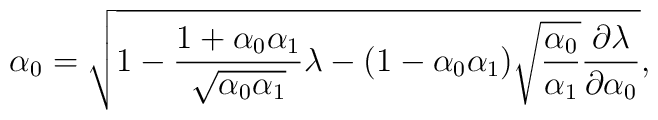
\alpha_0=\sqrt{1-\frac{1+\alpha_0\alpha_1}{\sqrt{\alpha_0\alpha_1}}\lambda-(1-\alpha_0\alpha_1)\sqrt{\frac{\alpha_0}{\alpha_1}}\frac{\partial\lambda}{\partial\alpha_0}},